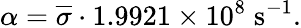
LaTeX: \alpha=\overline{{\sigma}}\cdot 1.9921\times 10^{8}\; \mathrm{{s^{-1}}}.